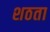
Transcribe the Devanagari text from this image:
शठता